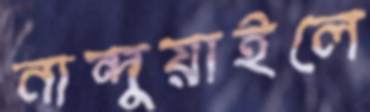
নান্দুয়াইলে